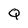
Character: Q